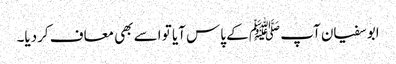
ابو سفیان آپ ﷺ کے پاس آیا تو اسے بھی معاف کردیا۔